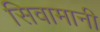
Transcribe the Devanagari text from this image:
सिवामानी